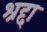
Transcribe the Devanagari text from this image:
श्रद्दा